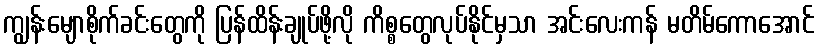
ကျွန်းမျောစိုက်ခင်းတွေကို ပြန်ထိန်းချုပ်ဖို့လို ကိစ္စတွေလုပ်နိုင်မှသာ အင်းလေးကန် မတိမ်ကောအောင်